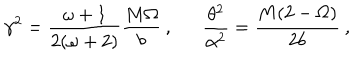
LaTeX: \gamma ^ { 2 } = \frac { \omega + 1 } { 2 ( \omega + 2 ) } \frac { M \Omega } { b } \: , \: \: \: \: \: \: \: \frac { \theta ^ { 2 } } { \alpha ^ { 2 } } = \frac { M ( 2 - \Omega ) } { 2 b } \: ,